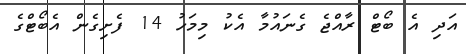
އަދި އެ ބޯޓް ރާއްޖެ ގެނައުމާ އެކު މިމަހު 14 ފެށިގެން އެބޯޓްގެ